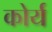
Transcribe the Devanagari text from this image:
कोर्य